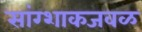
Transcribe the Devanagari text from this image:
सांग्शाकजवळ